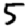
Digit: 5